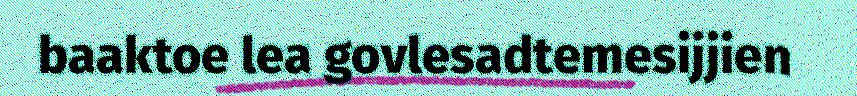
baaktoe lea govlesadtemesijjien